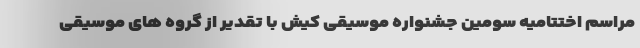
مراسم اختتامیه سومین جشنواره موسیقی کیش با تقدیر از گروه های موسیقی